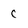
Character: C